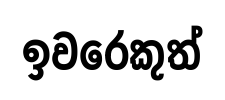
ඉවරෙකුත්